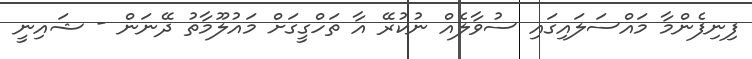
ފިނިފެންމާ މައްސަލައިގައި ސުވާލެއް ނުކުރޭ އާ ތަހްގީގަށް މައުލޫމާތު ދޭނަން - ޝައިނީ